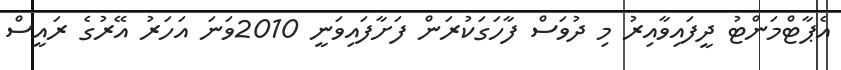
އެޕާޓްމަންޓު ދީފައިވާއިރު މި ދުވަސް ފާހަގަކުރަން ފަށާފައިވަނީ 2010ވަނަ އަހަރު އޭރުގެ ރައީސް